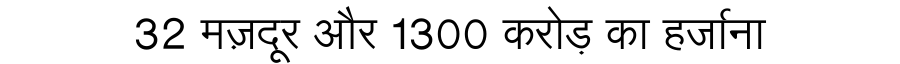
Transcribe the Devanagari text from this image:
32 मज़दूर और 1300 करोड़ का हर्जाना